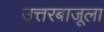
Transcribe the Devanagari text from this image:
उत्तरबाजूला